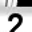
Digit: 2